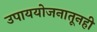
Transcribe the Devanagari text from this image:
उपाययोजनातूनही